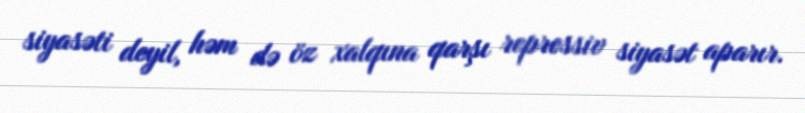
siyasəti deyil, həm də öz xalqına qarşı repressiv siyasət aparır.